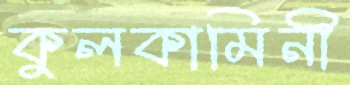
কুলকামিনী